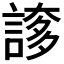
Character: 𧩫